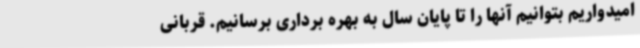
امیدواریم بتوانیم آنها را تا پایان سال به بهره برداری برسانیم. قربانی